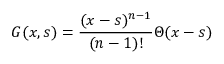
G ( x , s ) = { \frac { ( x - s ) ^ { n - 1 } } { ( n - 1 ) ! } } \Theta ( x - s )